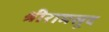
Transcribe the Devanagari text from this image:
श्रीरामसूद